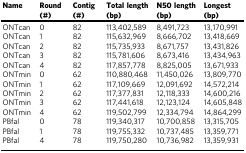
<table><thead><tr><td><b>Name</b></td><td><b>Round (#)</b></td><td><b>Contig (#)</b></td><td><b>Total length (bp)</b></td><td><b>N50 length (bp)</b></td><td><b>Longest (bp)</b></td></tr></thead><tbody><tr><td>ONTcan</td><td>0</td><td>82</td><td>113,402,589</td><td>8,491,723</td><td>13,170,991</td></tr><tr><td>ONTcan</td><td>1</td><td>82</td><td>115,632,969</td><td>8,666,702</td><td>13,418,669</td></tr><tr><td>ONTcan</td><td>2</td><td>82</td><td>115,735,933</td><td>8,671,757</td><td>13,431,826</td></tr><tr><td>ONTcan</td><td>3</td><td>82</td><td>115,781,606</td><td>8,673,416</td><td>13,434,963</td></tr><tr><td>ONTcan</td><td>4</td><td>82</td><td>117,857,778</td><td>8,825,005</td><td>13,671,933</td></tr><tr><td>ONTmin</td><td>0</td><td>62</td><td>110,880,468</td><td>11,450,026</td><td>13,809,770</td></tr><tr><td>ONTmin</td><td>1</td><td>62</td><td>117,109,669</td><td>12,091,692</td><td>14,572,214</td></tr><tr><td>ONTmin</td><td>2</td><td>62</td><td>117,377,831</td><td>12,118,333</td><td>14,600,216</td></tr><tr><td>ONTmin</td><td>3</td><td>62</td><td>117,441,618</td><td>12,123,124</td><td>14,605,848</td></tr><tr><td>ONTmin</td><td>4</td><td>62</td><td>119,502,799</td><td>12,334,794</td><td>14,864,299</td></tr><tr><td>PBfal</td><td>0</td><td>78</td><td>119,340,317</td><td>10,700,858</td><td>13,315,705</td></tr><tr><td>PBfal</td><td>1</td><td>78</td><td>119,755,332</td><td>10,737,485</td><td>13,359,771</td></tr><tr><td>PBfal</td><td>4</td><td>78</td><td>119,750,280</td><td>10,736,982</td><td>13,359,931</td></tr></tbody></table>